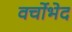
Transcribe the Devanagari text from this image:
वर्चोभेद